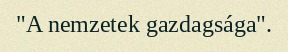
"A nemzetek gazdagsága".